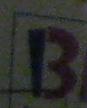
b